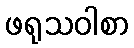
ဖရုသဝါစာ